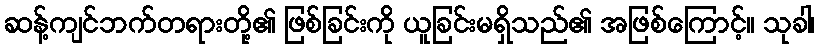
ဆန့်ကျင်ဘက်တရားတို့၏ ဖြစ်ခြင်းကို ယူခြင်းမရှိသည်၏ အဖြစ်ကြောင့်။ သုခါ၊